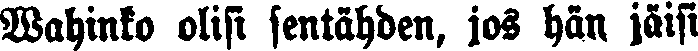
Wahinko olisi sentähden, jos hän jäisi